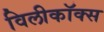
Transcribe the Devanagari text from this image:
विलीकॉक्स